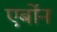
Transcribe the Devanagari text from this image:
एर्बोन